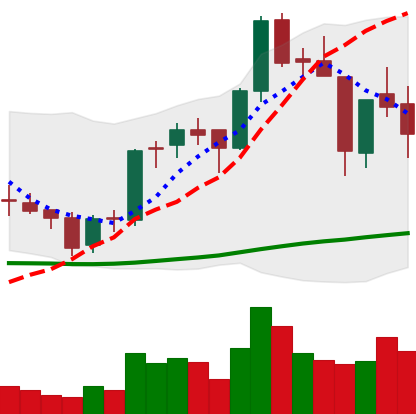
Ticker: BNB-USD
Chart end date: 2018-06-13
Forward return: 15.701%
Label: up_7plus